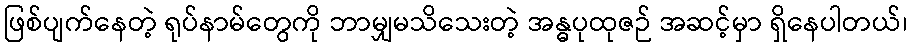
ဖြစ်ပျက်နေတဲ့ ရုပ်နာမ်တွေကို ဘာမျှမသိသေးတဲ့ အန္ဓပုထုဇဉ် အဆင့်မှာ ရှိနေပါတယ်၊